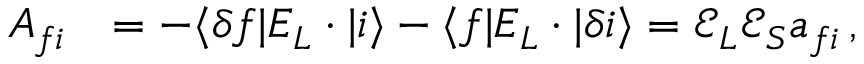
\begin{array} { r l } { A _ { f i } } & { = - \ensuremath { \langle \delta f | } \ensuremath { \boldsymbol { { \mathbfcal { E } } } } _ { L } \cdot { \v { D } } \ensuremath { | i \rangle } - \ensuremath { \langle f | } \ensuremath { \boldsymbol { { \mathbfcal { E } } } } _ { L } \cdot { \v { D } } \ensuremath { | \delta i \rangle } = { { \mathcal { E } } } _ { L } { { \mathcal { E } } } _ { S } a _ { f i } \, , } \end{array}